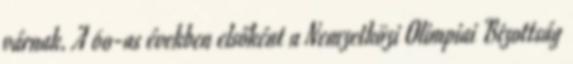
várnak. A 60-as években elsőként a Nemzetközi Olimpiai Bizottság